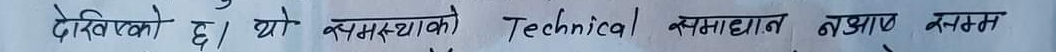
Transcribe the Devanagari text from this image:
देखिएको छ, यो समस्याको Technical समाधान नभएसम्म